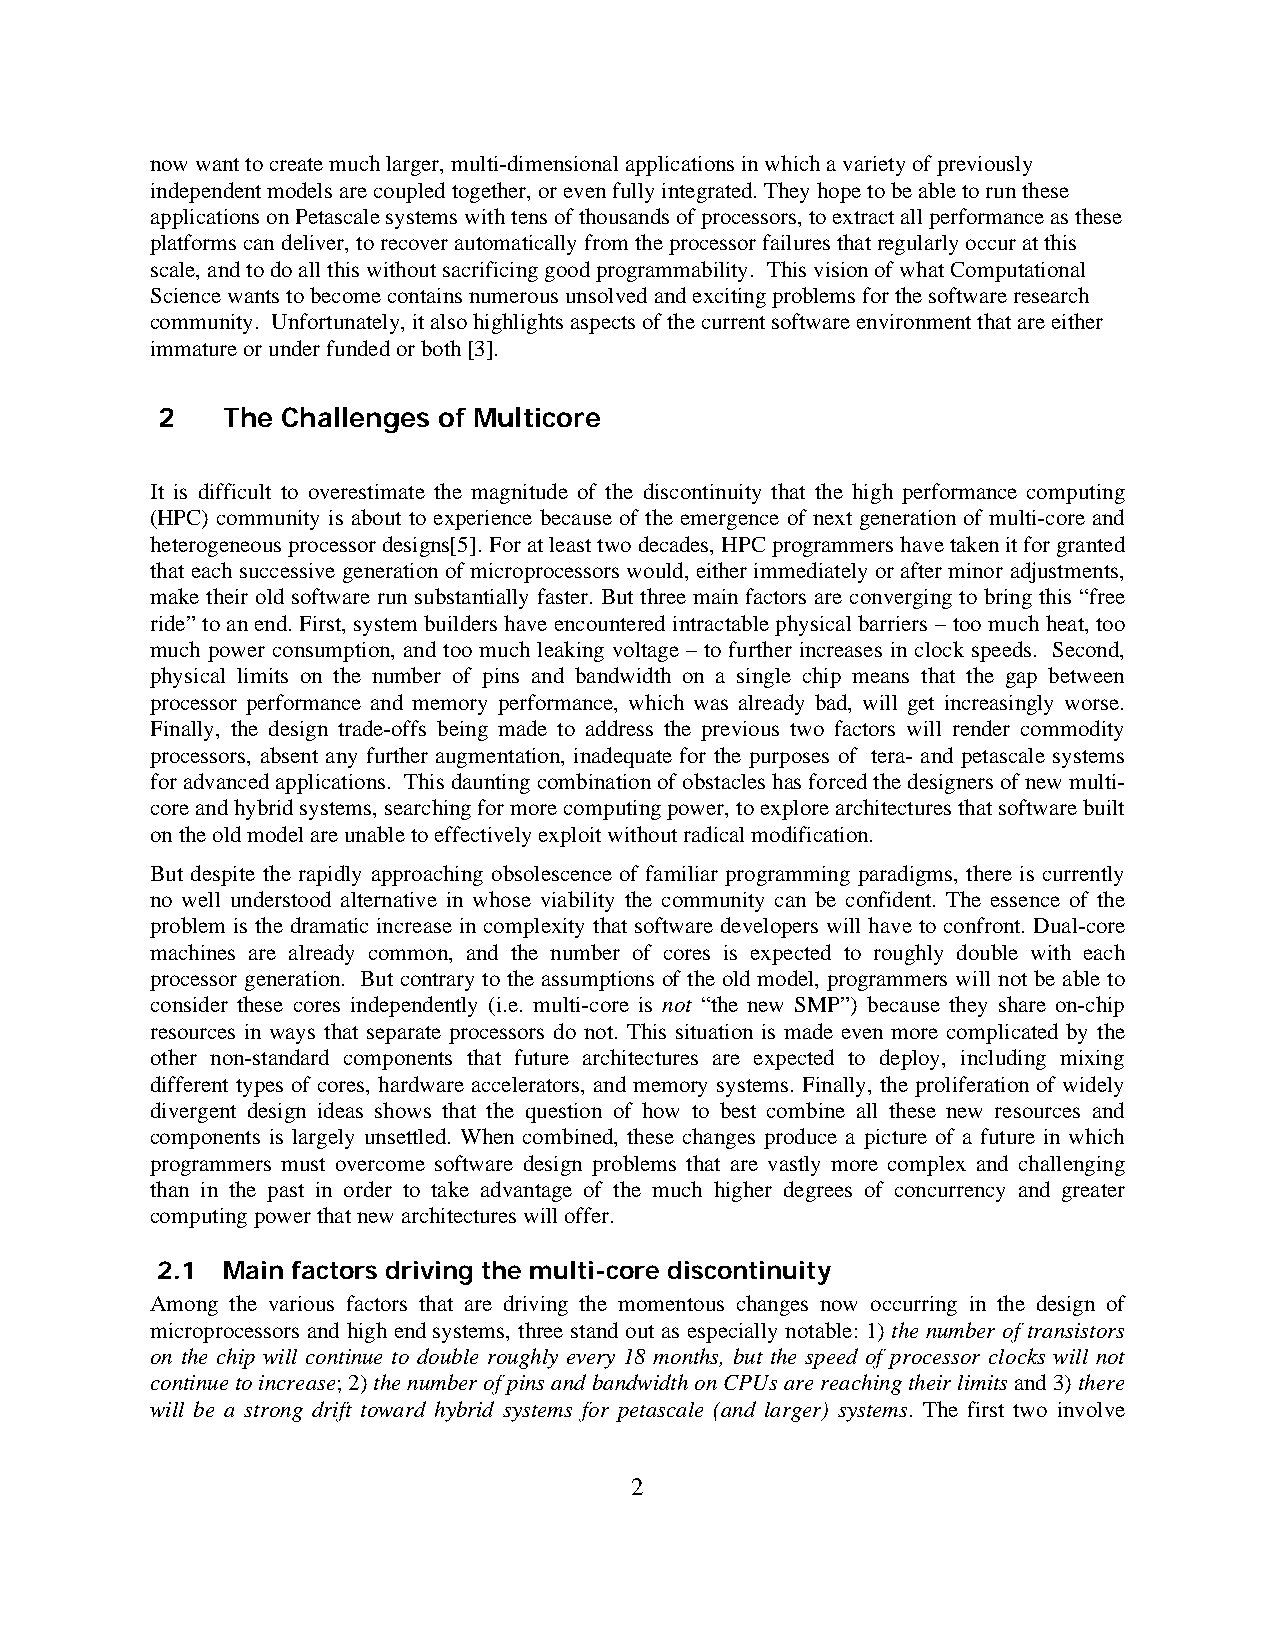
now want to create much larger, multi-dimensional applications in which a variety of previously
 independent models are coupled together, or even fully integrated. They hope to be able to run these
 applications on Petascale systems with tens of thousands of processors, to extract all performance as these
 platforms can deliver, to recover automatically from the processor failures that regularly occur at this
 scale, and to do all this without sacrificing good programmability. This vision of what Computational
 Science wants to become contains numerous unsolved and exciting problems for the software research
 community. Unfortunately, it also highlights aspects of the current software environment that are either
 immature or under funded or both [3].
 2    The Challenges of Multicore
 It is difficult to overestimate the magnitude of the discontinuity that the high performance computing
 (HPC) community is about to experience because of the emergence of next generation of multi-core and
 heterogeneous processor designs[5]. For at least two decades, HPC programmers have taken it for granted
 that each successive generation of microprocessors would, either immediately or after minor adjustments,
 make their old software run substantially faster. But three main factors are converging to bring this “free
 ride” to an end. First, system builders have encountered intractable physical barriers – too much heat, too
 much power consumption, and too much leaking voltage – to further increases in clock speeds. Second,
 physical limits on the number of pins and bandwidth on a single chip means that the gap between
 processor performance and memory performance, which was already bad, will get increasingly worse.
 Finally, the design trade-offs being made to address the previous two factors will render commodity
 processors, absent any further augmentation, inadequate for the purposes of tera- and petascale systems
 for advanced applications. This daunting combination of obstacles has forced the designers of new multi-
 core and hybrid systems, searching for more computing power, to explore architectures that software built
 on the old model are unable to effectively exploit without radical modification.
 But despite the rapidly approaching obsolescence of familiar programming paradigms, there is currently
 no well understood alternative in whose viability the community can be confident. The essence of the
 problem is the dramatic increase in complexity that software developers will have to confront. Dual-core
 machines are already common, and the number of cores is expected to roughly double with each
 processor generation. But contrary to the assumptions of the old model, programmers will not be able to
 consider these cores independently (i.e. multi-core is not “the new SMP”) because they share on-chip
 resources in ways that separate processors do not. This situation is made even more complicated by the
 other non-standard components that future architectures are expected to deploy, including mixing
 different types of cores, hardware accelerators, and memory systems. Finally, the proliferation of widely
 divergent design ideas shows that the question of how to best combine all these new resources and
 components is largely unsettled. When combined, these changes produce a picture of a future in which
 programmers must overcome software design problems that are vastly more complex and challenging
 than in the past in order to take advantage of the much higher degrees of concurrency and greater
 computing power that new architectures will offer.
 2.1  Main factors driving the multi-core discontinuity
 Among the various factors that are driving the momentous changes now occurring in the design of
 microprocessors and high end systems, three stand out as especially notable: 1) the number of transistors
 on the chip will continue to double roughly every 18 months, but the speed of processor clocks will not
 continue to increase; 2) the number of pins and bandwidth on CPUs are reaching their limits and 3) there
 will be a strong drift toward hybrid systems for petascale (and larger) systems. The first two involve
 2